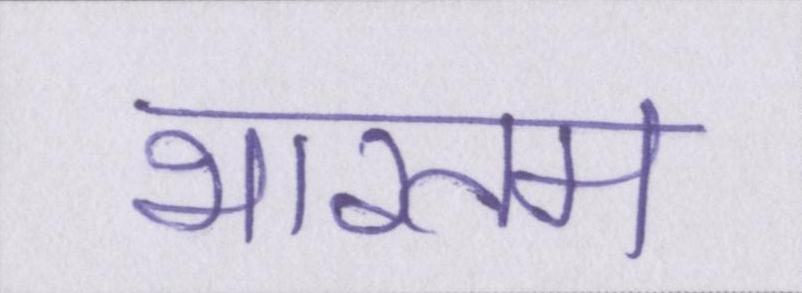
भारतम